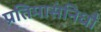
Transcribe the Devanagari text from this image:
प्रतिमासंनिधौ